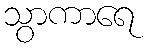
သွာကာရေ